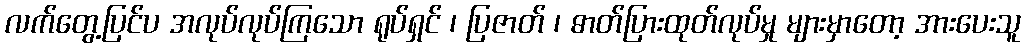
လက်တွေ့ပြင်ပ အလုပ်လုပ်ကြသော ရုပ်ရှင် ၊ ပြဇာတ် ၊ ဓာတ်ပြားထုတ်လုပ်မှု များမှာတော့ အားပေးသူ